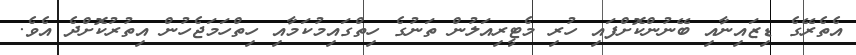
އެތެރޭގެ ޑިޒައިނާއި ބޭނުންކޮށްފައި ހުރި މެޓީރިއަލުން ތަނުގެ ހިތްގައިމުކަމާއި ހިތްހަމަޖެހުން އިތުރުކޮށްދެ އެވެ.